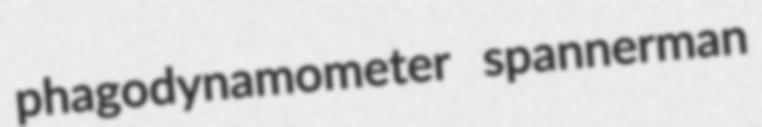
phagodynamometer spannerman